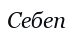
Себеп